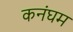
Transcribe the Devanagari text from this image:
कनंघम